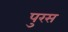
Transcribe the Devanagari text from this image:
पुरस